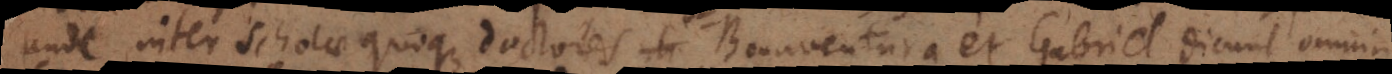
Unde inter Scholae quoque doctores Bonaventura et Gabriel dicunt omnia